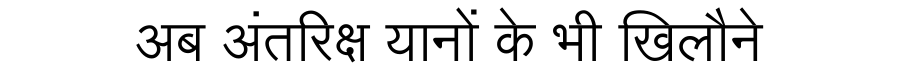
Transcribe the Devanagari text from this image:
अब अंतरिक्ष यानों के भी खिलौने